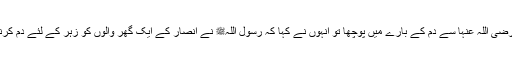
1450: اسود کہتے ہیں کہ میں نے اُمّ المؤمنین عائشہ صدیقہ رضی اللہ عنہا سے دم کے بارے میں پوچھا تو انہوں نے کہا کہ رسول اللہﷺ نے انصار کے ایک گھر والوں کو زہر کے لئے دم کرنے کی اجازت دی تھی (جیسے سانپ بچھو کے کاٹنے سے )۔